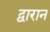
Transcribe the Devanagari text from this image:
द्वारान